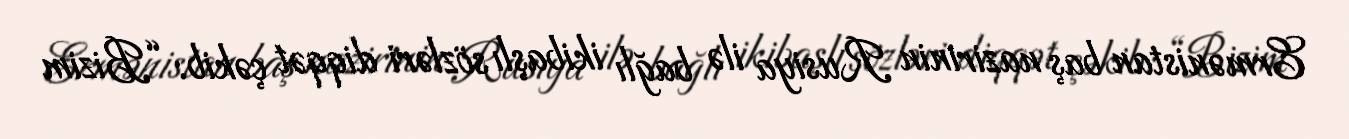
Ermənistan baş nazirinin Rusiya ilə bağlı ikibaşlı sözləri diqqət çəkib: “Bizim